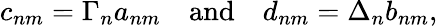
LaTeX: c_{nm}=\Gamma_{n}a_{nm}\quad\mathrm{and}\quad d_{nm}=\Delta_{n}b_{nm},